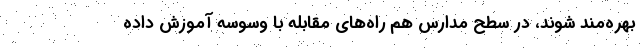
بهره‌مند شوند، در سطح مدارس هم راه‌های مقابله با وسوسه آموزش داده